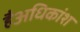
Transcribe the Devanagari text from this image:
हैअधिकांश